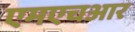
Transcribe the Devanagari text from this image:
एमएचआर